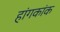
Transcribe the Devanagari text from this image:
हांगकांक